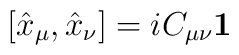
[\hat{x}_{\mu},\hat{x}_{\nu}]=iC_{\mu\nu}{\bf 1}